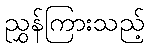
ညွှန်ကြားသည့်